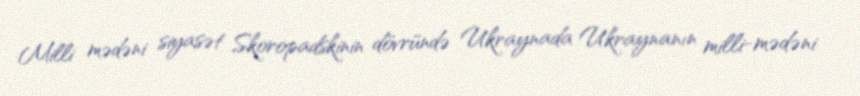
Milli mədəni siyasət Skoropadskinin dövründə Ukraynada Ukraynanın milli-mədəni